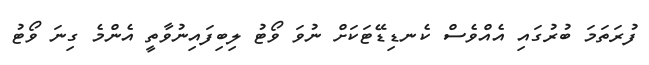
ފުރަތަމަ ބުރުގައި އެއްވެސް ކެނޑިޑޭޓަކަށް ނުވަ ވޯޓު ލިބިފައިނުވާތީ އެންމެ ގިނަ ވޯޓު